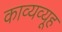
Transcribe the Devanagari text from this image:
काव्यव्यूह